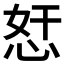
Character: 𱞖